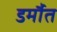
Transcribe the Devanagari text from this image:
डर्मौत